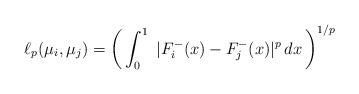
LaTeX: \begin{align*}\ell_{p}(\mu_{i},\mu_{j})=\left(\,\int_0^1~|F_{i}^{-}(x) - F_{j}^{-}(x) |^p \,dx \,\right)^{1/p}\end{align*}